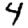
Digit: 4